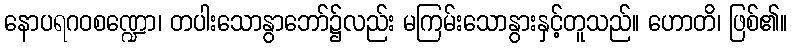
နောပရဂဝစဏ္ဍော၊ တပါးသောနွာဘော်၌လည်း မကြမ်းသောနွားနှင့်တူသည်။ ဟောတိ၊ ဖြစ်၏။